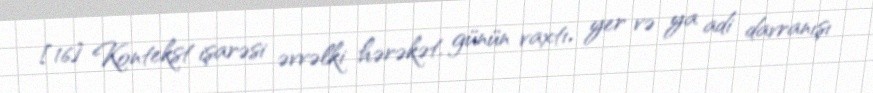
[16] Kontekst işarəsi əvvəlki hərəkət, günün vaxtı, yer və ya adi davranışı